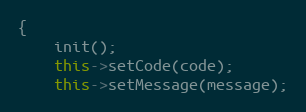
Language: C++
{
	init();
	this->setCode(code);
	this->setMessage(message);